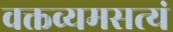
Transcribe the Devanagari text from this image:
वक्तव्यमसत्यं